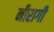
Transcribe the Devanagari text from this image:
नीरागी